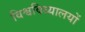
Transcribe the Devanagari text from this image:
विश्वविध्यालयों